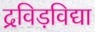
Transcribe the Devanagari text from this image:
द्रविड़विद्या